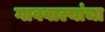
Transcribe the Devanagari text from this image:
गाववाल्यांचा